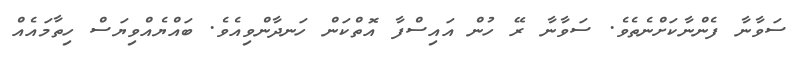
ސަވާނާ ފެންނާކަށްނެތެވެ. ސަވާނާ ރޭ ހުން އައިސްފާ އޮތްކަން ހަނދާންވިއެވެ. ބައްޔެއްވިޔަސް ހިތާމައެއް